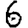
Digit: 6